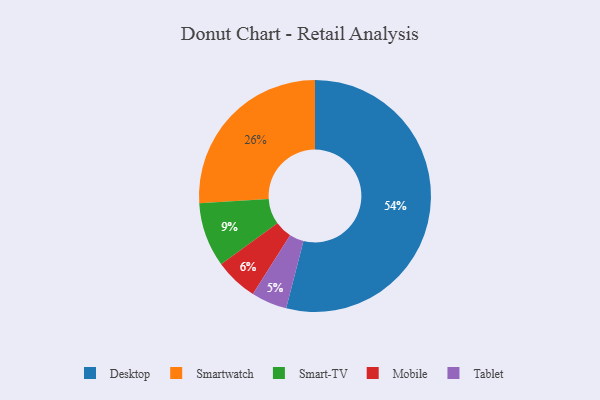
{"axis": {"x": "Category", "y": "Percentage"}, "legend": ["Desktop", "Mobile", "Smart-TV", "Smartwatch", "Tablet"], "data": [{"x": "Tablet", "y": 5, "type": "Tablet"}, {"x": "Smartwatch", "y": 26, "type": "Smartwatch"}, {"x": "Smart-TV", "y": 9, "type": "Smart-TV"}, {"x": "Mobile", "y": 6, "type": "Mobile"}, {"x": "Desktop", "y": 54, "type": "Desktop"}]}